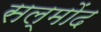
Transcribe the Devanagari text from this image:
सल्मोंद